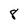
Character: 8